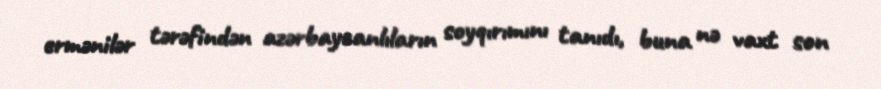
ermənilər tərəfindən azərbaycanlıların soyqırımını tanıdı, buna nə vaxt son